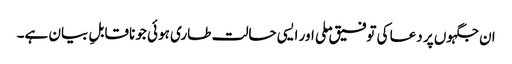
ان جگہوں پر دعا کی توفیق ملی اور ایسی حالت طاری ہوئی جو ناقابلِ بیان ہے۔